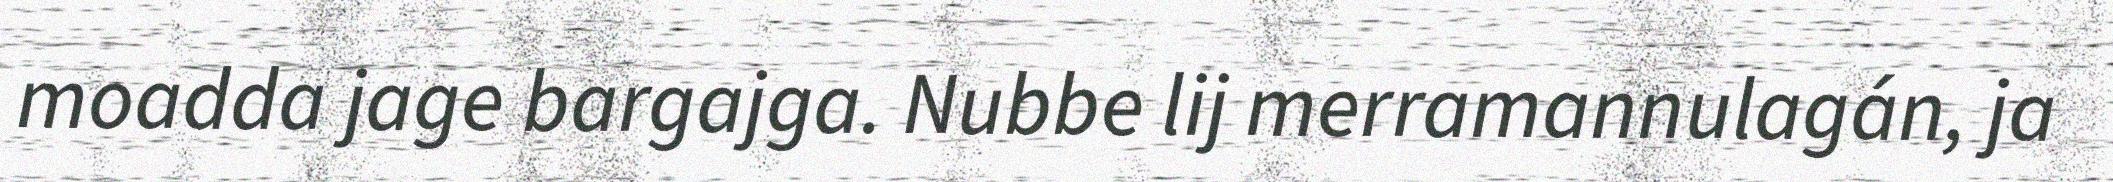
moadda jage bargajga. Nubbe lij merramannulagán, ja